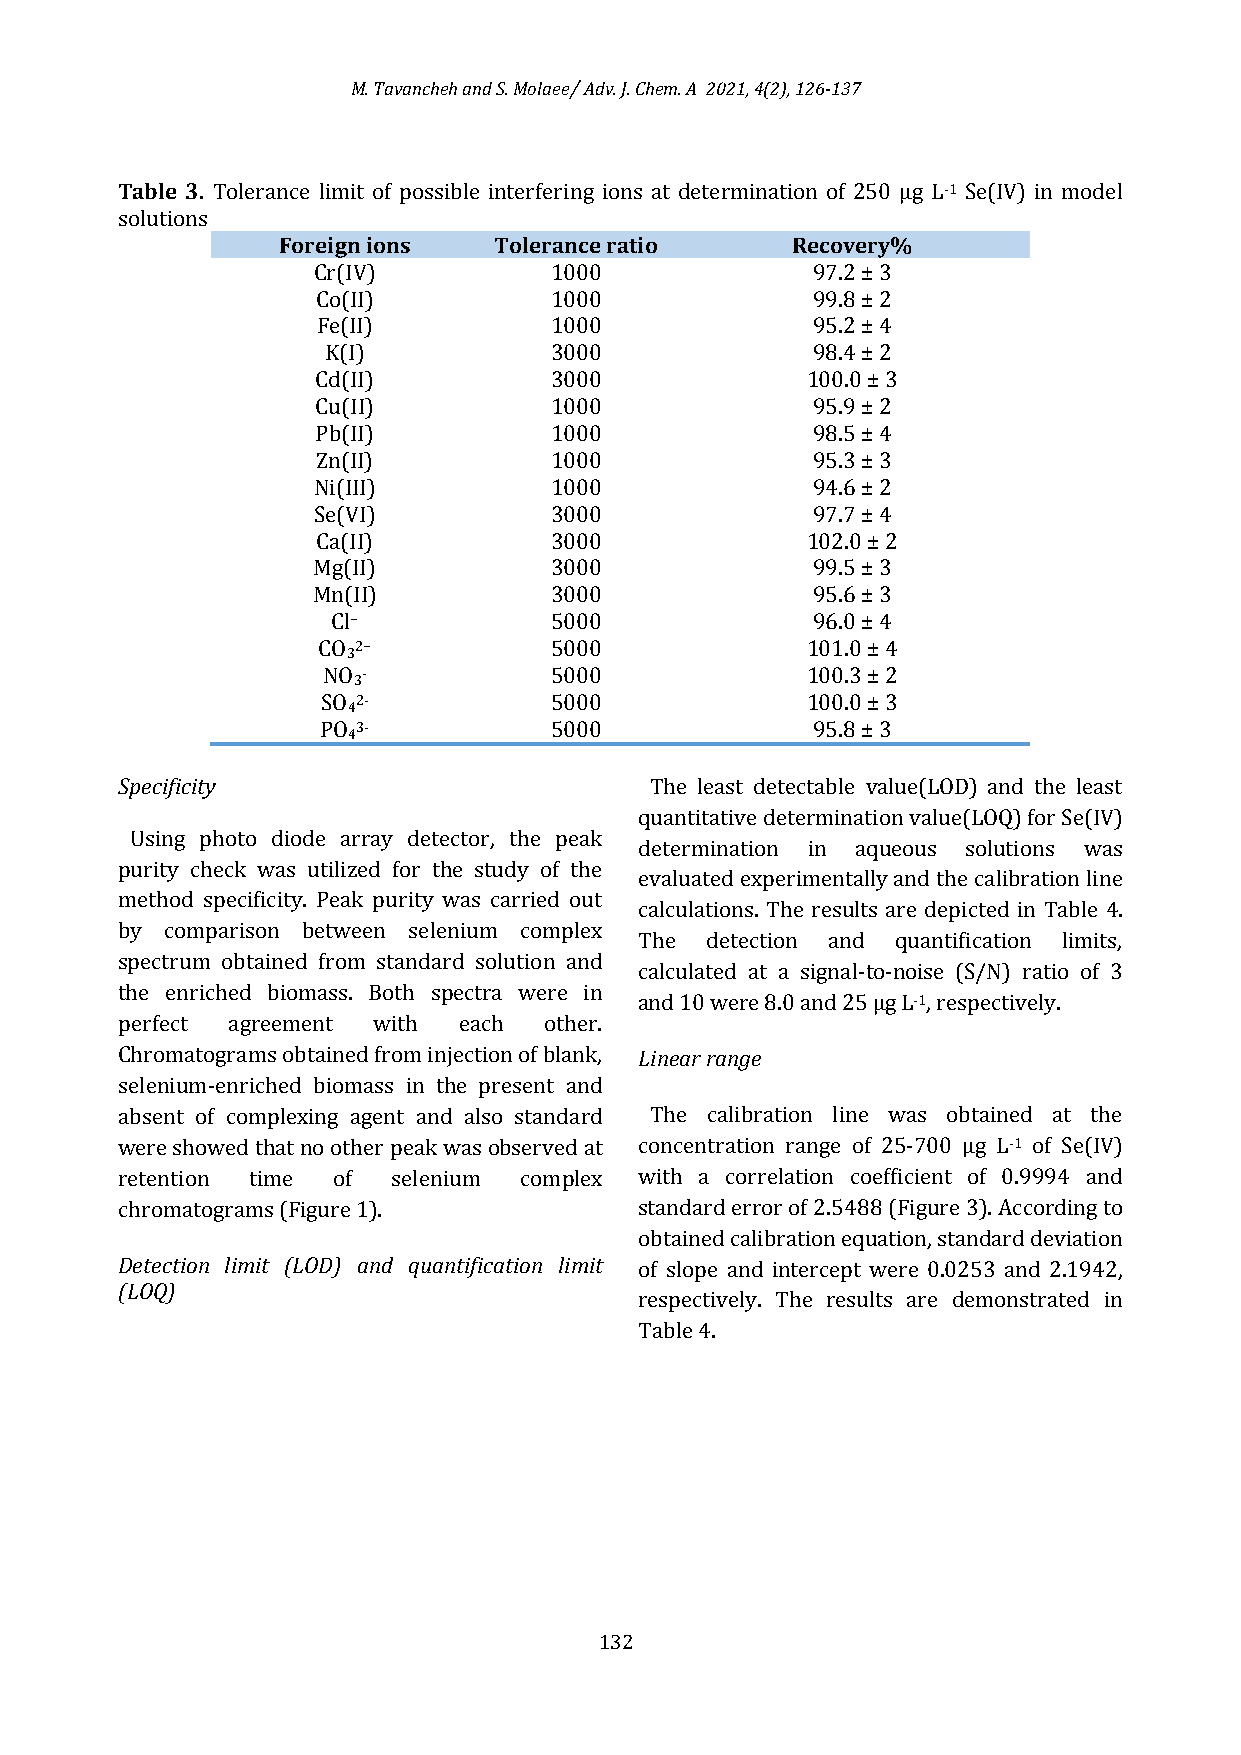
M. Tavancheh and S. Molaee/ Adv. J. Chem. A 2021, 4(2), 126-137
 Table 3. Tolerance limit of possible interfering ions at determination of 250 μg L-1 Se(IV) in model
 solutions
 Foreign ions   Tolerance ratio    Recovery%
 Cr(IV)         1000              97.2 ± 3
 Co(II)         1000              99.8 ± 2
 Fe(II)         1000              95.2 ± 4
 K(I)          3000              98.4 ± 2
 Cd(II)         3000             100.0 ± 3
 Cu(II)         1000              95.9 ± 2
 Pb(II)         1000              98.5 ± 4
 Zn(II)         1000              95.3 ± 3
 Ni(III)        1000              94.6 ± 2
 Se(VI)         3000              97.7 ± 4
 Ca(II)         3000             102.0 ± 2
 Mg(II)         3000              99.5 ± 3
 Mn(II)         3000              95.6 ± 3
 Cl−           5000              96.0 ± 4
 CO 2−          5000             101.0 ± 4
 3
 NO -           5000             100.3 ± 2
 3
 SO 2-          5000             100.0 ± 3
 4
 PO 3-          5000              95.8 ± 3
 4
 Specificity                        The least detectable value(LOD) and the least
 quantitative determination value(LOQ) for Se(IV)
 Using photo diode array detector, the peak
 determination in aqueous solutions was
 purity check was utilized for the study of the
 evaluated experimentally and the calibration line
 method specificity. Peak purity was carried out
 calculations. The results are depicted in Table 4.
 by comparison between selenium complex
 The  detection and quantification limits,
 spectrum obtained from standard solution and
 calculated at a signal-to-noise (S/N) ratio of 3
 the enriched biomass. Both spectra were in
 and 10 were 8.0 and 25 μg L-1, respectively.
 perfect agreement with each other.
 Chromatograms obtained from injection of blank, Linear range
 selenium-enriched biomass in the present and
 absent of complexing agent and also standard The calibration line was obtained at the
 were showed that no other peak was observed at concentration range of 25-700 µg L-1 of Se(IV)
 retention time of selenium complex with a correlation coefficient of 0.9994 and
 chromatograms (Figure 1).         standard error of 2.5488 (Figure 3). According to
 obtained calibration equation, standard deviation
 Detection limit (LOD) and quantification limit of slope and intercept were 0.0253 and 2.1942,
 (LOQ)
 respectively. The results are demonstrated in
 Table 4.
 132